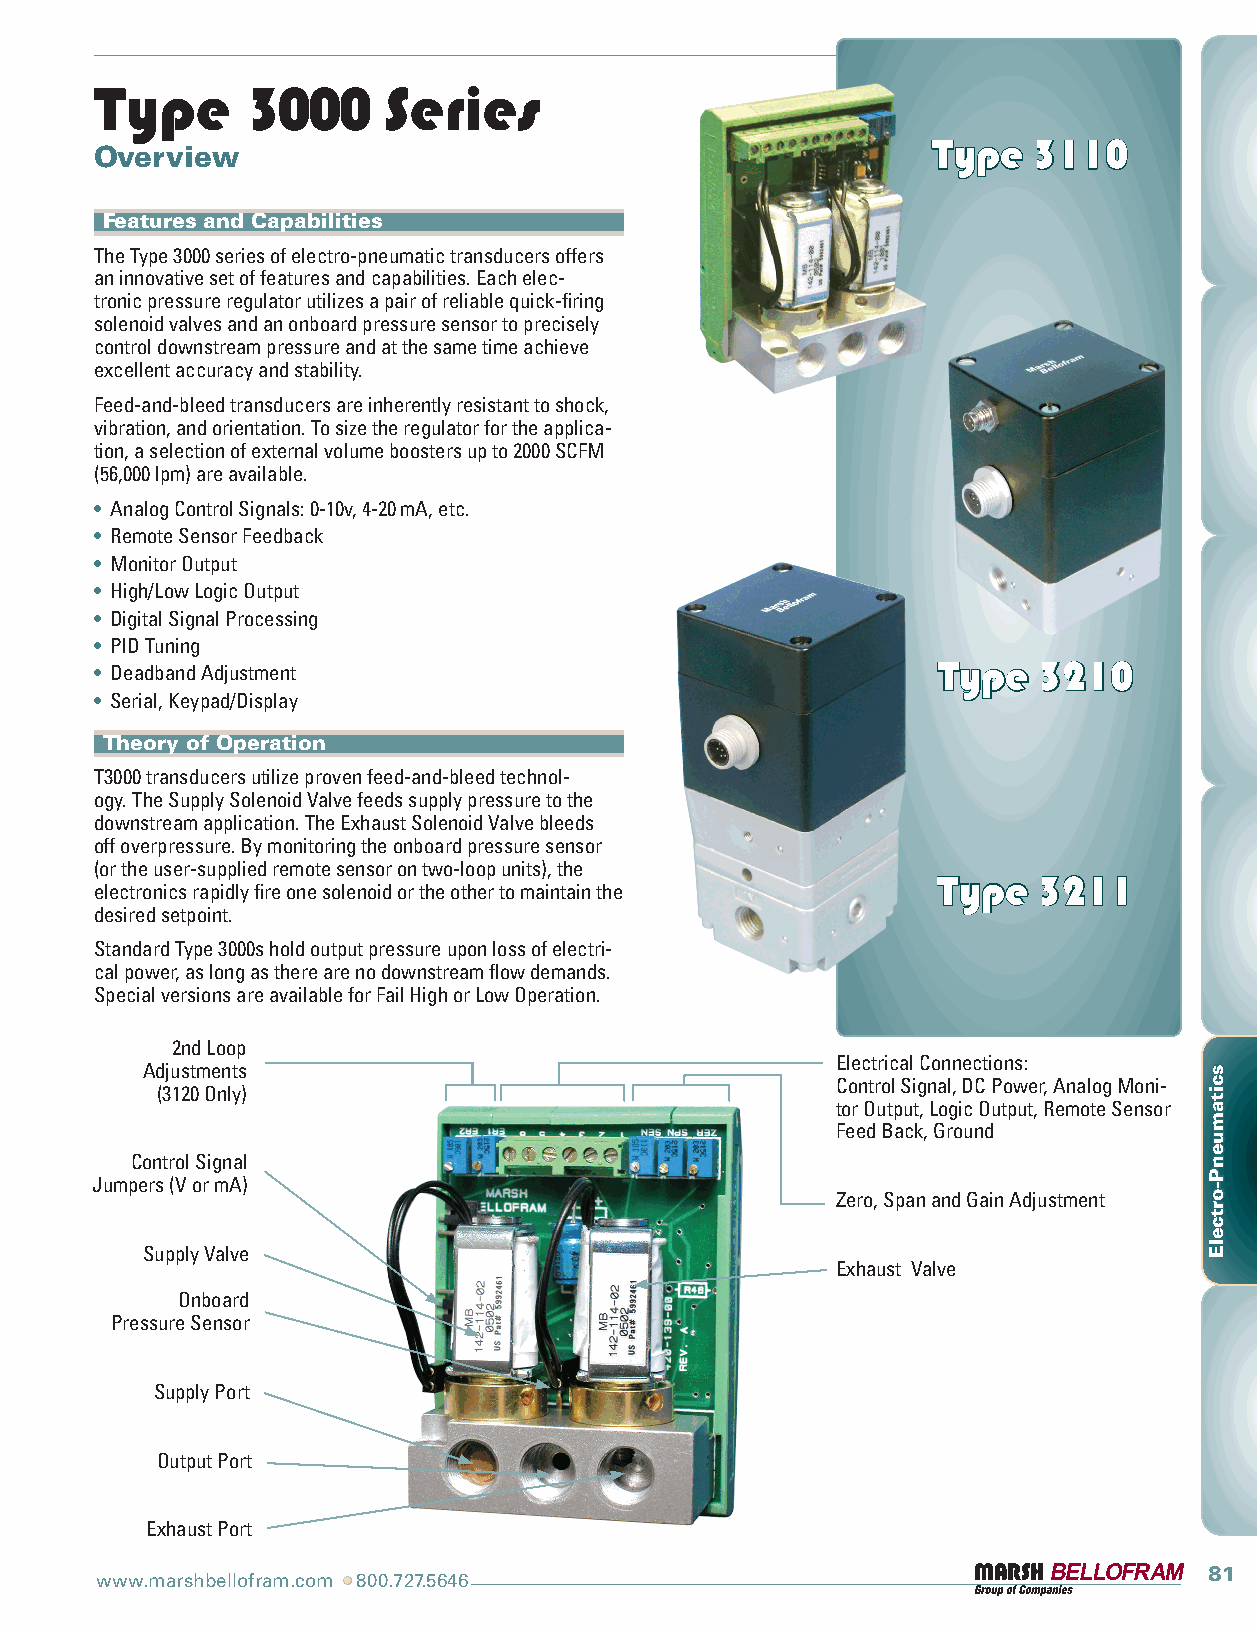
Type      3000     Series
 TTyyppee 33111100
 Overview
 Features and Capabilities
 The Type 3000 series of electro-pneumatic transducers offers
 an innovative set of features and capabilities. Each elec-
 tronic pressure regulator utilizes a pair of reliable quick-firing
 solenoid valves and an onboard pressure sensor to precisely
 control downstream pressure and at the same time achieve
 excellent accuracy and stability.
 Feed-and-bleed transducers are inherently resistant to shock,
 vibration, and orientation. To size the regulator for the applica-
 tion, a selection of external volume boosters up to 2000 SCFM
 (56,000 lpm) are available.
 • Analog Control Signals: 0-10v, 4-20 mA, etc.
 • Remote Sensor Feedback
 • Monitor Output
 • High/Low Logic Output
 • Digital Signal Processing
 • PID Tuning
 • Deadband Adjustment                                   TTyyppee 33221100
 • Serial, Keypad/Display
 Theory of Operation
 T3000 transducers utilize proven feed-and-bleed technol-
 ogy. The Supply Solenoid Valve feeds supply pressure to the
 downstream application. The Exhaust Solenoid Valve bleeds
 off overpressure. By monitoring the onboard pressure sensor
 (or the user-supplied remote sensor on two-loop units), the
 TTyyppee 33221111
 electronics rapidly fire one solenoid or the other to maintain the
 desired setpoint.
 Standard Type 3000s hold output pressure upon loss of electri-
 cal power, as long as there are no downstream flow demands.
 Special versions are available for Fail High or Low Operation.
 2nd Loop
 Electrical Connections:
 Adjustments
 Control Signal, DC Power, Analog Moni-
 (3120 Only)
 tor Output, Logic Output, Remote Sensor
 Feed Back, Ground
 Control Signal
 Jumpers (V or mA)
 Zero, Span and Gain Adjustment
 Supply Valve
 Exhaust Valve
 Onboard
 Pressure Sensor
 Supply Port
 Output Port
 Exhaust Port
 81
 www.marshbellofram.com •• 800.727.5646
 sscciittaammuueennPP--oorrttcceellEE